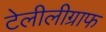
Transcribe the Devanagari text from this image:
टेलीलीग्राफ